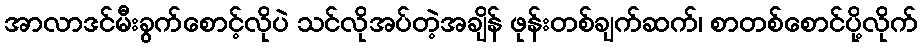
အာလာဒင်မီးခွက်စောင့်လိုပဲ သင်လိုအပ်တဲ့အချိန် ဖုန်းတစ်ချက်ဆက်၊ စာတစ်စောင်ပို့လိုက်